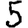
Digit: 5